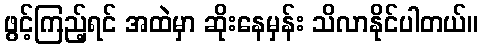
ဖွင့်ကြည့်ရင် အထဲမှာ ဆိုးနေမှန်း သိလာနိုင်ပါတယ်။